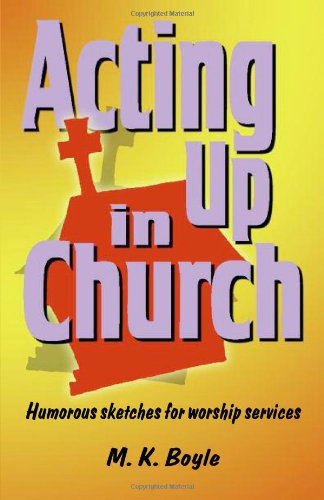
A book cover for Acting Up in Church: Humorous Sketches for Worship Services; M. K. Boyle; Literature & Fiction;